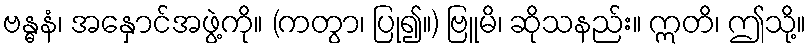
ဗန္ဓနံ၊ အနှောင်အဖွဲ့ကို။ (ကတွာ၊ ပြု၍။) ဗြူမိ၊ ဆိုသနည်း။ ဣတိ၊ ဤသို့။